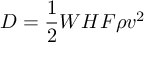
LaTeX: D = { \frac { 1 } { 2 } } W H F \rho v ^ { 2 }